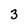
Character: 3